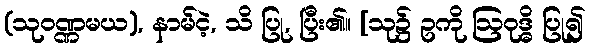
(သုဝဏ္ဏမယ), နာမ်ငဲ့, သိ ပြု, ပြီး၏။ [သု၌ ဥကို ဩဝုဒ္ဓိ ပြု၍